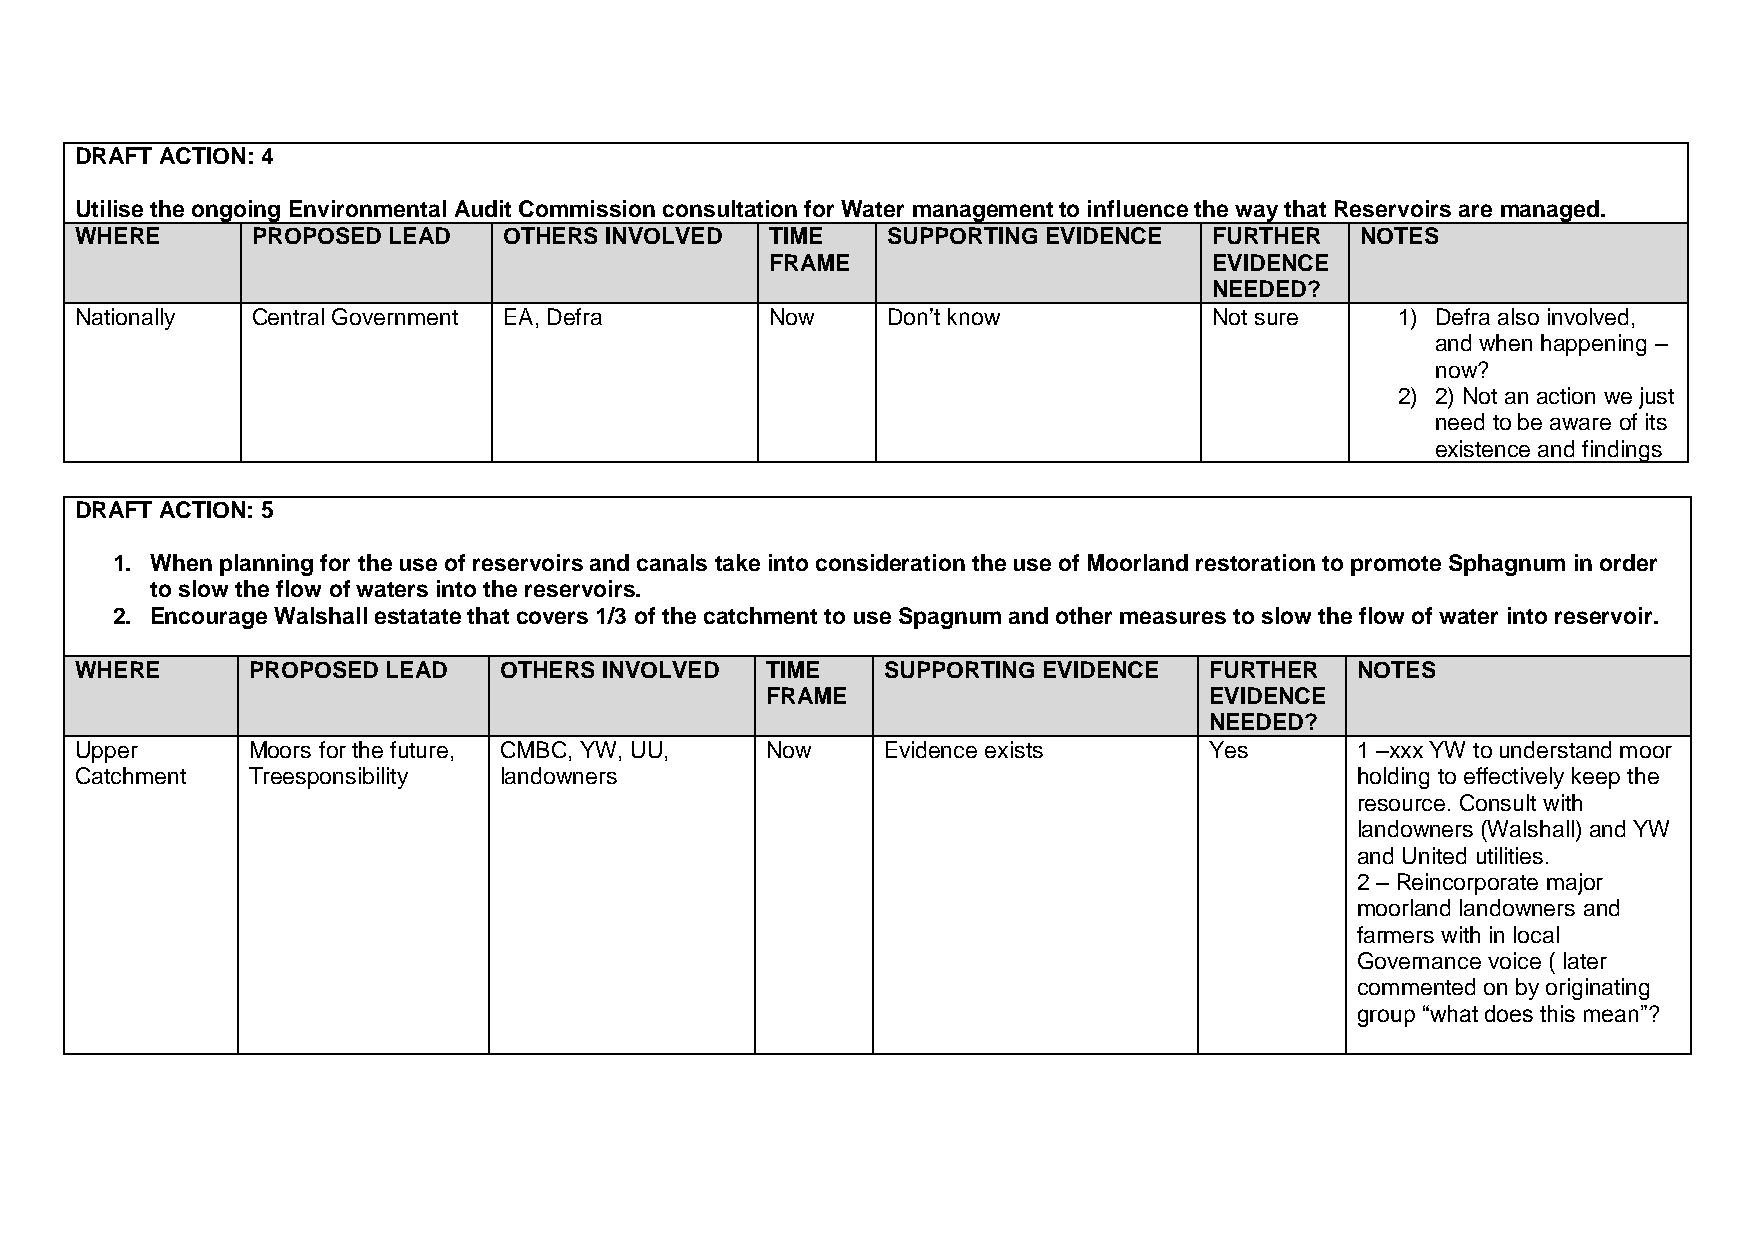
DRAFT ACTION: 4
 Utilise the ongoing Environmental Audit Commission consultation for Water management to influence the way that Reservoirs are managed.
 WHERE       PROPOSED LEAD   OTHERS INVOLVED   TIME    SUPPORTING EVIDENCE  FURTHER   NOTES
 FRAME                        EVIDENCE
 NEEDED?
 Nationally  Central Government EA, Defra      Now     Don’t know           Not sure    1) Defra also involved,
 and when happening –
 now?
 2) 2) Not an action we just
 need to be aware of its
 existence and findings
 DRAFT ACTION: 5
 1. When planning for the use of reservoirs and canals take into consideration the use of Moorland restoration to promote Sphagnum in order
 to slow the flow of waters into the reservoirs.
 2. Encourage Walshall estatate that covers 1/3 of the catchment to use Spagnum and other measures to slow the flow of water into reservoir.
 WHERE      PROPOSED  LEAD   OTHERS INVOLVED   TIME    SUPPORTING EVIDENCE  FURTHER   NOTES
 FRAME                        EVIDENCE
 NEEDED?
 Upper      Moors for the future, CMBC, YW, UU, Now    Evidence exists      Yes       1 –xxx YW to understand moor
 Catchment  Treesponsibility landowners                                               holding to effectively keep the
 resource. Consult with
 landowners (Walshall) and YW
 and United utilities.
 2 – Reincorporate major
 moorland landowners and
 farmers with in local
 Governance voice ( later
 commented on by originating
 group “what does this mean”?